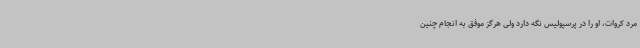
مرد کروات، او را در پرسپولیس نگه دارد ولی هرگز موفق به انجام چنین